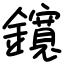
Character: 鑧